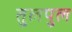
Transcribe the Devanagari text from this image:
तुलपुल